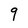
Character: 9